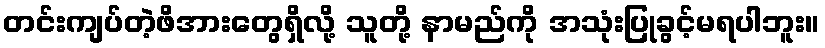
တင်းကျပ်တဲ့ဖိအားတွေရှိလို့ သူတို့ နာမည်ကို အသုံးပြုခွင့်မရပါဘူး။